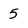
Character: 5